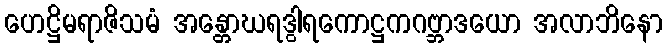
ဟေဋ္ဌိမရာဇိသမံ အန္တောဃရဒွါရကောဋ္ဌကဂဗ္ဘာဒယော အလာဘိနော